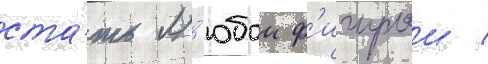
ста́ть л'юбои ф'игурои /